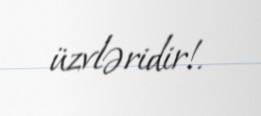
üzvləridir!.